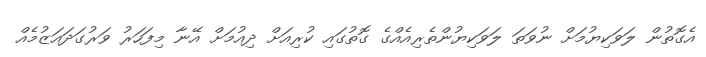
އެގޮތުން ލަވަކިޔުމަށް ނުވަތަ ލަވަކިޔުންތެރިއެއްގެ ގޮތުގައި ކުރިއަށް ދިއުމަށް އޭނާ މިފަހަރު ވަރުގަދައަޒުމެއް